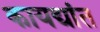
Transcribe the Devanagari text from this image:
कायद्यांत